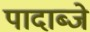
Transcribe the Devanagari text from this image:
पादाब्जे